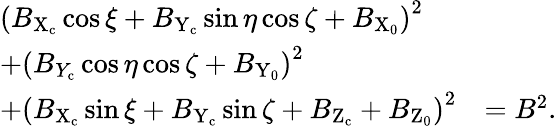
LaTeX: \begin{array}{ll}{{(B_{\mathrm{X}_{\mathrm{c}}}\cos\xi+B_{\mathrm{Y}_{\mathrm{c}}}\sin\eta\cos\zeta+B_{\mathrm{X}_{0}})}^{2}}\\ {+{(B_{Y_{\mathrm{c}}}\cos\eta\cos\zeta+B_{\mathrm{Y}_{0}})}^{2}}\\ {+{(B_{\mathrm{X}_{\mathrm{c}}}\sin\xi+B_{\mathrm{Y}_{\mathrm{c}}}\sin\zeta+B_{\mathrm{Z}_{\mathrm{c}}}+B_{\mathrm{Z}_{0}})}^{2}}&{={B}^{2}.}\end{array}